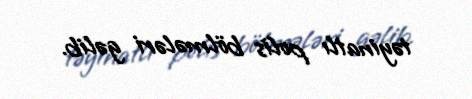
təyinatlı polis bölmələri gəlib.